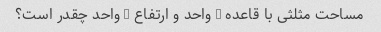
مساحت مثلثی با قاعده 6 واحد و ارتفاع 9 واحد چقدر است؟